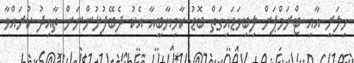
ހިލަރީ އާއި ޓްރަމްޕަށް ލިބިވަޑައިގަތް ބޮޑު ކާމިޔާބީއާ އެކު ދެބޭފުޅުންނަަށް ތާއިދު ކުރައްވާ